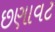
છણાવટ